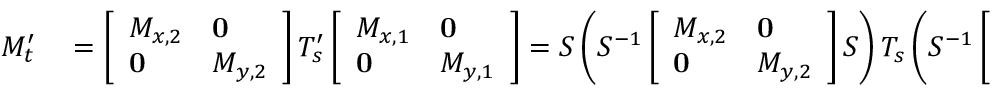
\begin{array} { r l } { M _ { t } ^ { \prime } } & { { } = \left[ \begin{array} { l l } { M _ { x , 2 } } & { \mathbf { 0 } } \\ { \mathbf { 0 } } & { M _ { y , 2 } } \end{array} \right] T _ { s } ^ { \prime } \left[ \begin{array} { l l } { M _ { x , 1 } } & { \mathbf { 0 } } \\ { \mathbf { 0 } } & { M _ { y , 1 } } \end{array} \right] = S \left( S ^ { - 1 } \left[ \begin{array} { l l } { M _ { x , 2 } } & { \mathbf { 0 } } \\ { \mathbf { 0 } } & { M _ { y , 2 } } \end{array} \right] S \right) T _ { s } \left( S ^ { - 1 } \left[ \begin{array} { l l } { M _ { x , 1 } } & { \mathbf { 0 } } \\ { \mathbf { 0 } } & { M _ { y , 1 } } \end{array} \right] S \right) S ^ { - 1 } } \end{array}